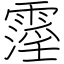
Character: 霪